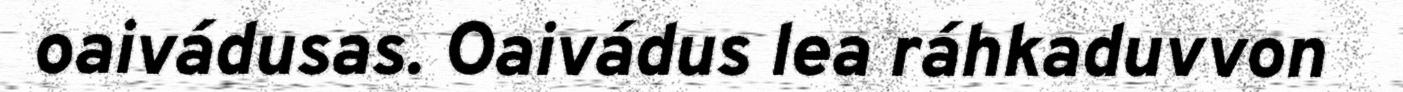
oaivádusas. Oaivádus lea ráhkaduvvon